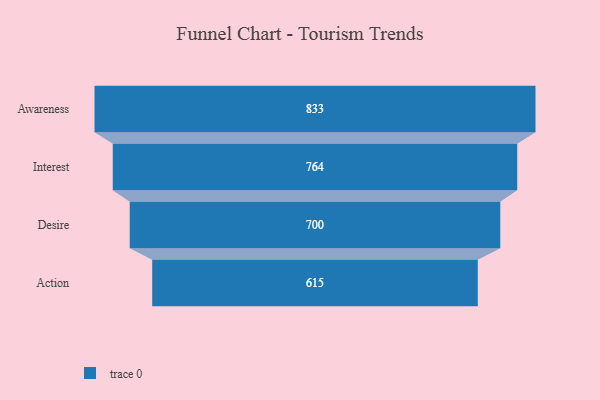
{"axis": {"x": "Stage", "y": "Value"}, "legend": [""], "data": [{"x": "Awareness", "y": 833.0, "type": ""}, {"x": "Interest", "y": 764.0, "type": ""}, {"x": "Desire", "y": 700.0, "type": ""}, {"x": "Action", "y": 615.0, "type": ""}]}